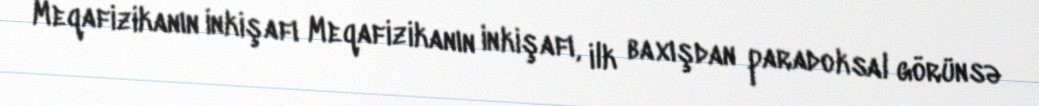
Meqafizikanın inkişafı Meqafizikanın inkişafı, ilk baxışdan paradoksal görünsə